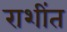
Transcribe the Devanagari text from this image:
राशींत